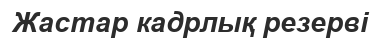
Жастар кадрлық резерві